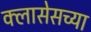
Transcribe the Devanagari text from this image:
क्लासेसच्या